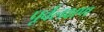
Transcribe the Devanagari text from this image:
पूर्वलक्षण